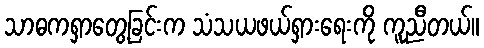
သာဓကရှာတွေ့ခြင်းက သံသယဖယ်ရှားရေးကို ကူညီတယ်။